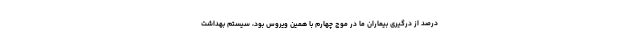
درصد از درگیری بیماران ما در موج چهارم با همین ویروس بود، سیستم بهداشت